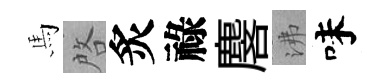
馬啓炙祿麐沸味